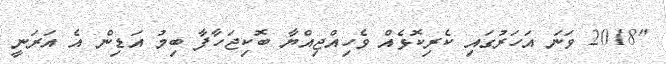
"2018 ވަނަ އަހަރުގައި ކެރިކޮޅެއް ވެހިއްޖިއްޔާ ބޮކިޖަހާފާ ބިމު އަޑިން އެ އަރަނީ